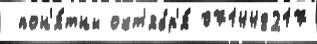
 пон'я́тны окт'ябр'я́ 071448217